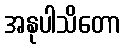
အနုပါသိတော